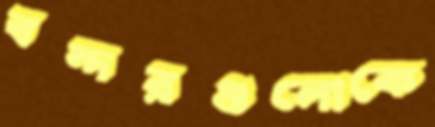
বন্দরগুলোকে